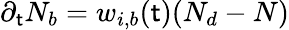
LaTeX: \partial_{\mathsf{t}}N_{b}=w_{i,b}(\mathsf{t})(N_{d}-N)